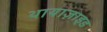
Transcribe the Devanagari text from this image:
थायाज़ाइड